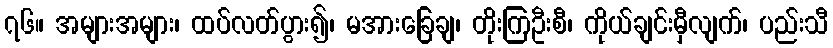
၇၆။ အများအများ၊ ထပ်လတ်ပွား၍၊ မအားခြေချ၊ တိုးကြဦးစီ၊ ကိုယ်ချင်းမှီလျက်၊ ပည်းသီ